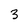
Character: 3